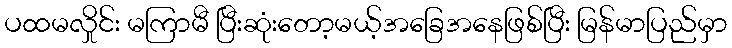
ပထမလှိုင်း မကြာမီ ပြီးဆုံးတော့မယ့်အခြေအနေဖြစ်ပြီး မြန်မာပြည်မှာ